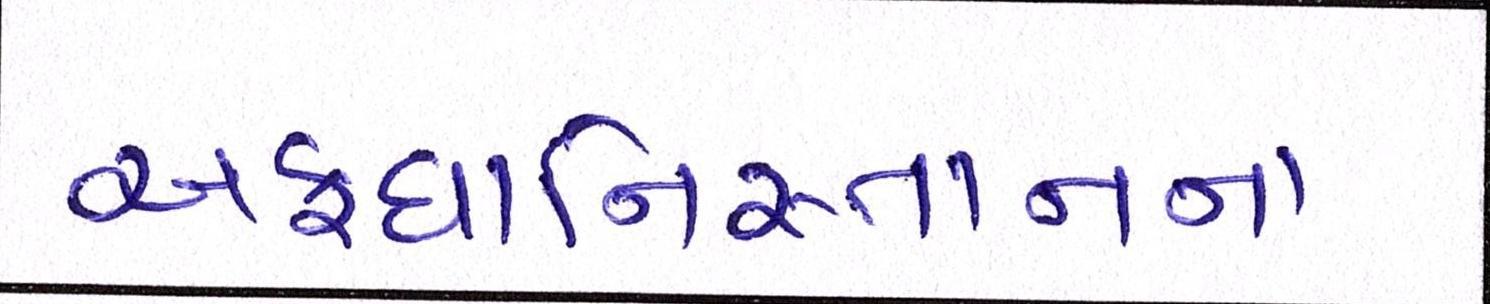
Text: અફઘાનિસ્તાનના